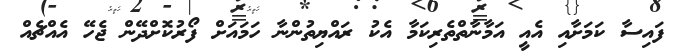
ފައިސާ ކަމަށާއި އެއީ އަމާނާތްތެރިކަމާ އެކު ރައްޔިތުންނާ ހަމައަށް ފޯރުކޮށްދޭން ޖެހޭ އެއްޗެއް